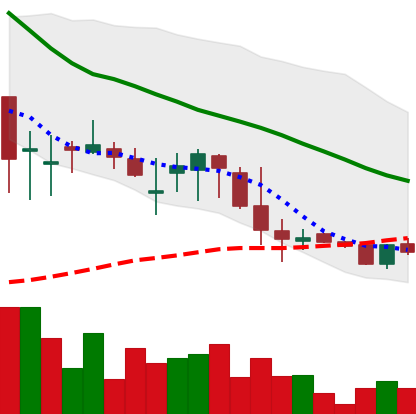
Ticker: DOGE-USD
Chart end date: 2018-05-30
Forward return: 5.307%
Label: up_5_7